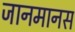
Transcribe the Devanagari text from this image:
जानमानस